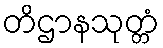
တိဌာနသုတ္တံ